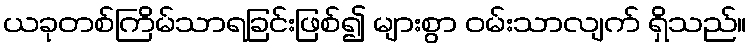
ယခုတစ်ကြိမ်သာရခြင်းဖြစ်၍ များစွာ ဝမ်းသာလျက် ရှိသည်။